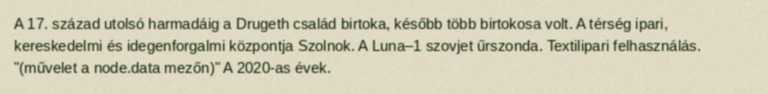
A 17. század utolsó harmadáig a Drugeth család birtoka, később több birtokosa volt. A térség ipari, kereskedelmi és idegenforgalmi központja Szolnok. A Luna–1 szovjet űrszonda. Textilipari felhasználás. "(művelet a node.data mezőn)" A 2020-as évek.